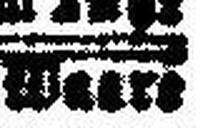
Waart